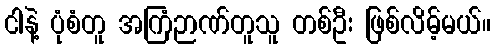
ငါနဲ့ ပုံစံတူ အကြံဉာဏ်တူသူ တစ်ဦး ဖြစ်လိမ့်မယ်။